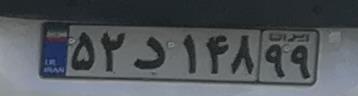
۵۲د۱۴۸۹۹